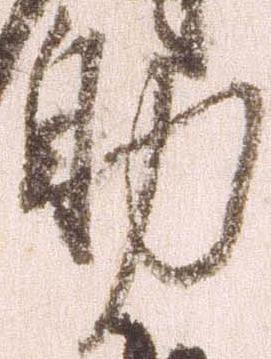
助